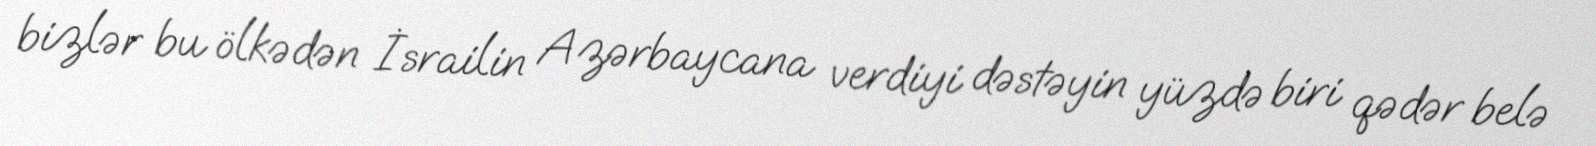
bizlər bu ölkədən İsrailin Azərbaycana verdiyi dəstəyin yüzdə biri qədər belə